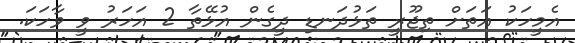
އެމީހަކު އަތަށް ތިޖޫރީ ތަޅުދަނޑި ދީގެން އުޅޭތާ 2 އަހަރު ވީ ވާހަކަ.